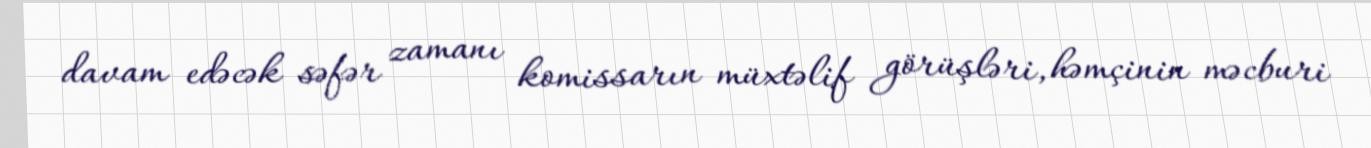
davam edəcək səfər zamanı komissarın müxtəlif görüşləri, həmçinin məcburi